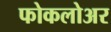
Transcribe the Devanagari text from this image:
फोकलोअर